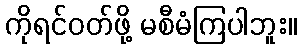
ကိုရင်ဝတ်ဖို့ မစီမံကြပါဘူး။